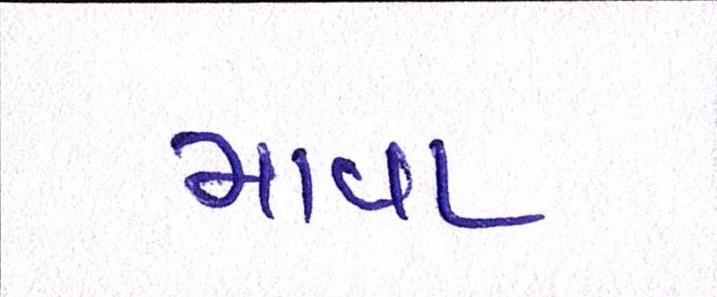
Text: માવા